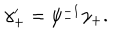
LaTeX: \gamma _ { + } ^ { \prime } = \psi _ { - } ^ { - 1 } \gamma _ { + } .